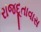
રાજદૂતાવાસ